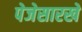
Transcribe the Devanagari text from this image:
पेजेसारखे